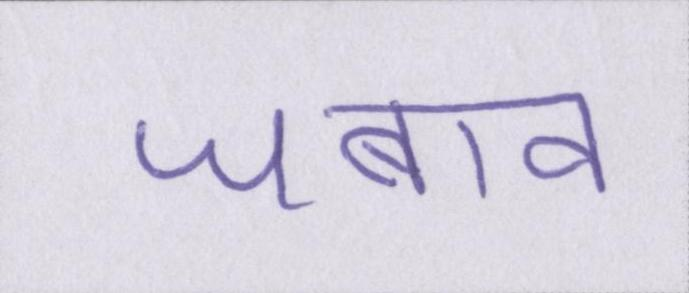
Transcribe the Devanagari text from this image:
जबाव